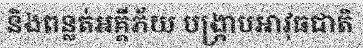
និងពន្លត់អគ្គីភ័យ បង្ក្រាបអាវុធជាតិ